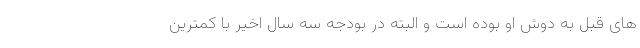
های قبل به دوش او بوده است و البته در بودجه سه سال اخیر با کمترین